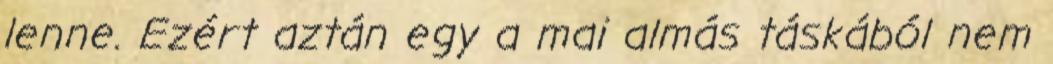
lenne. Ezért aztán egy a mai almás táskából nem